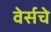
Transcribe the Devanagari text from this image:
वेर्सचे